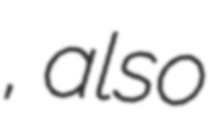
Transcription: مغاث, also